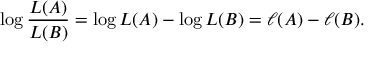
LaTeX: \log { \frac { L ( A ) } { L ( B ) } } = \log L ( A ) - \log L ( B ) = \ell ( A ) - \ell ( B ) .